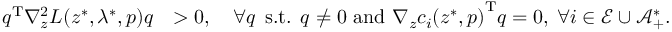
\begin{array} { r l } { \ensuremath { { q } ^ { \mathrm { T } } } \nabla _ { z } ^ { 2 } L ( z ^ { * } , \lambda ^ { * } , p ) q } & { > 0 , \quad \forall q \: \: \mathrm { s . t . } \: \: q \neq 0 \mathrm { ~ a n d ~ } \ensuremath { { \nabla _ { z } c _ { i } ( z ^ { * } , p ) } ^ { \mathrm { T } } } q = 0 , \: \forall i \in \mathcal { E } \cup \mathcal { A } _ { + } ^ { * } . } \end{array}